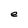
Character: e